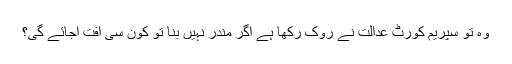
وہ تو سپریم کورٹ عدالت نے روک رکھا ہے اگر مندر نہیں بنا تو کون سی آفت آجائے گی؟